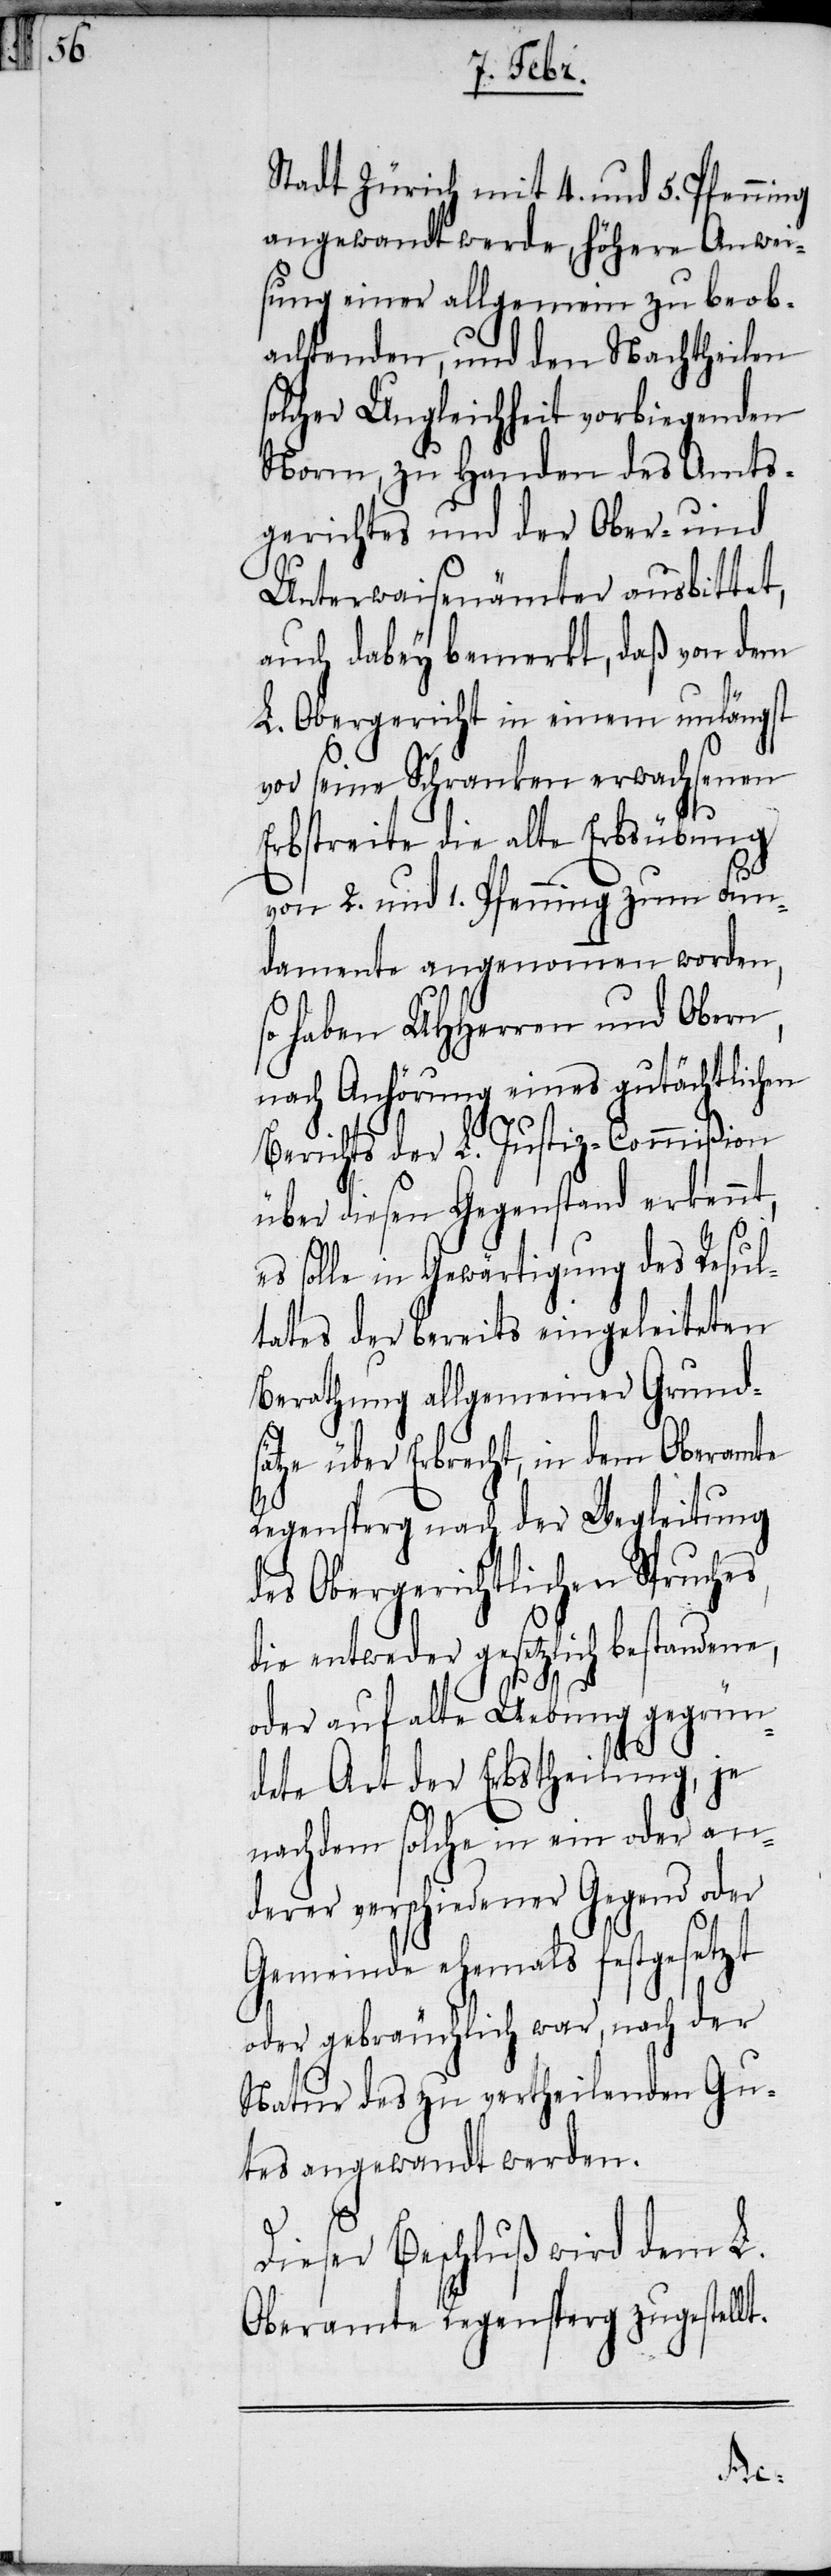
Stadt Zürich mit 4. und 5. Pfenning
angewandt werde, höhere Anwei¬
sung einer allgemein zu beob¬
achtenden, und den Nachtheilen
solcher Ungleichheit vorbiegenden
Norm, zu Handen des Amts¬
gerichtes und der Ober- und
Unterwaisenämter ausbittet,
auch dabey bemerkt, daß von dem
L. Obergericht in einem unlängst
vor seine Schranken erwachsenen
Erbstreite die alte Erbsübung
von 2. und 1. Pfenning zum Fun¬
damente angenommen worden,
haben UHHerren und Obern,
nach Anhörung eines gutächtlichen
Berichts der L. Justiz-Commißion
über diesen Gegenstand erkennt,
es solle in Gewärtigung des Resul¬
tates der bereits eingeleiteten
Berathung allgemeiner Grund¬
sätze über Erbrecht, in dem Oberamte
Regensperg nach der Wegleitung
des Obergerichtlichen Spruches,
die entweder gesetzlich bestandene,
oder auf alte Uebung gegrün¬
dete Art der Erbstheilung, je
nachdem solche in ein oder an¬
derer verschiedener Gegend oder
Gemeinde ehemals festgesetzt
oder gebräuchlich war, nach der
Natur des zu vertheilenden Gu¬
tes angewandt werden.
Dieser Beschluß wird dem L.
Oberamte Regensperg zugestellt.